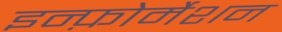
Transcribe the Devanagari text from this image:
इन्फ़ोर्मेशन